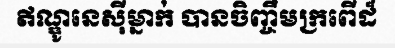
ឥណ្ឌូនេស៊ីម្នាក់ បានចិញ្ចឹមក្រពើដ៏